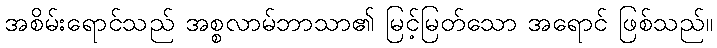
အစိမ်းရောင်သည် အစ္စလာမ်ဘာသာ၏ မြင့်မြတ်သော အရောင် ဖြစ်သည်။